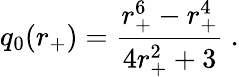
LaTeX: q_{0}(r_{+})={\frac{r_{+}^{6}-r_{+}^{4}}{4r_{+}^{2}+3}}\ .